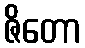
ဇိတော